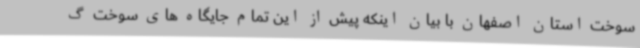
سوخت استان اصفهان با بیان اینکه پیش از این تمام جایگاه های سوخت گ